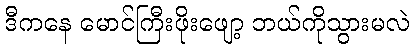
ဒီကနေ မောင်ကြီးဖိုးဖျော့ ဘယ်ကိုသွားမလဲ